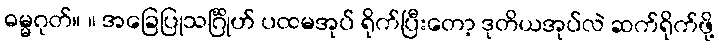
ဓမ္မဂုတ်။ ။ အခြေပြုသင်္ဂြိုဟ် ပထမအုပ် ရိုက်ပြီးတော့ ဒုတိယအုပ်လဲ ဆက်ရိုက်ဖို့